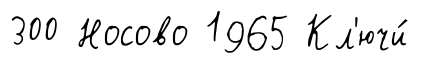
300 Носово 1965 Кл'ючи́